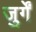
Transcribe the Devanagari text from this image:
जुर्गें